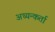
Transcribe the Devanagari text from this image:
अध्यन्कर्ता